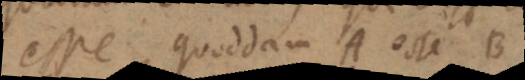
esse, quoddam A esse B.